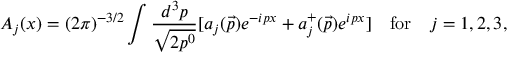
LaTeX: A _ { j } ( x ) = ( 2 \pi ) ^ { - 3 / 2 } \int \frac { d ^ { 3 } p } { \sqrt { 2 p ^ { 0 } } } [ a _ { j } ( \vec { p } ) e ^ { - i p x } + a _ { j } ^ { + } ( \vec { p } ) e ^ { i p x } ] \quad \mathrm { f o r } \quad j = 1 , 2 , 3 ,